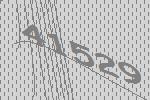
41529